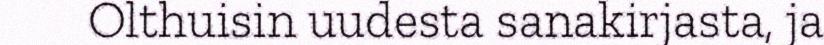
Olthuisin uudesta sanakirjasta, ja